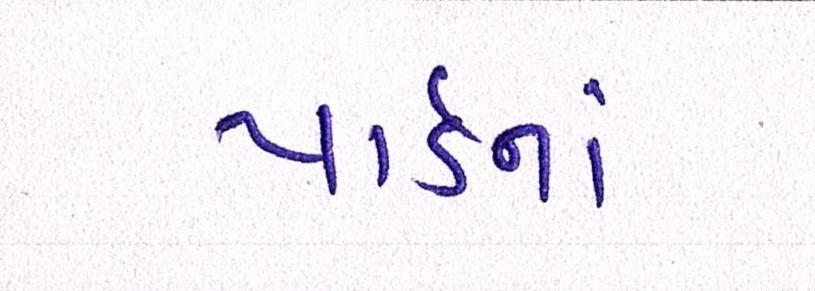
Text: યાર્ડનાં